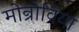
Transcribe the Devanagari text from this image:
मोन्रोविया